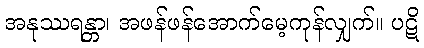
အနုဿရန္တာ၊ အဖန်ဖန်အောက်မေ့ကုန်လျှက်။ ပဋိ